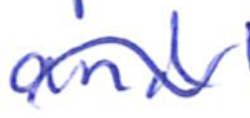
Text: and
Cross-out: wave
Writing tool: ballpoint